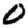
Digit: 0